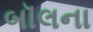
બૉલના